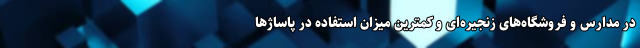
در مدارس و فروشگاه‌های زنجیره‌ای و کمترین میزان استفاده در پاساژها